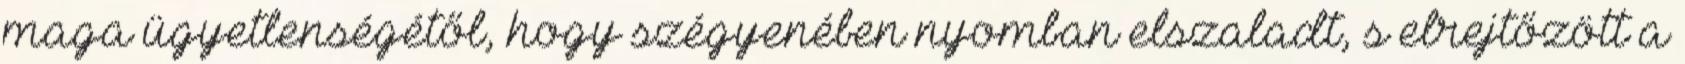
maga ügyetlenségétől, hogy szégyenében nyomban elszaladt, s elrejtőzött a